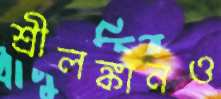
শ্রীলঙ্কানও